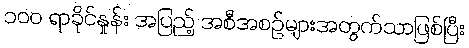
၁၀၀ ရာခိုင်နှုန်း အပြည့် အစီအစဉ်များအတွက်သာဖြစ်ပြီး